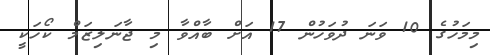
މިމަހުގެ 10 ވަނަ ދުވަހުން 17 އަށް ބާއްވާ މި ޖާނަލިޒަމް ކޯހަކީ